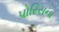
પોરિસના